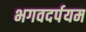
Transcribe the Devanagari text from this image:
भगवदर्पयम